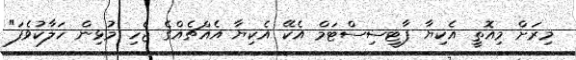
މިރަށް މިއޮތީ އެކިޔާ ޕާޓީސިސްޓަމް އެކޭ އެކިޔާ އެއްޗެއްގެ ޖެހި މުޅިން ހަލާކުވެފަ"